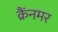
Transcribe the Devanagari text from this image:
क्रैंनमर